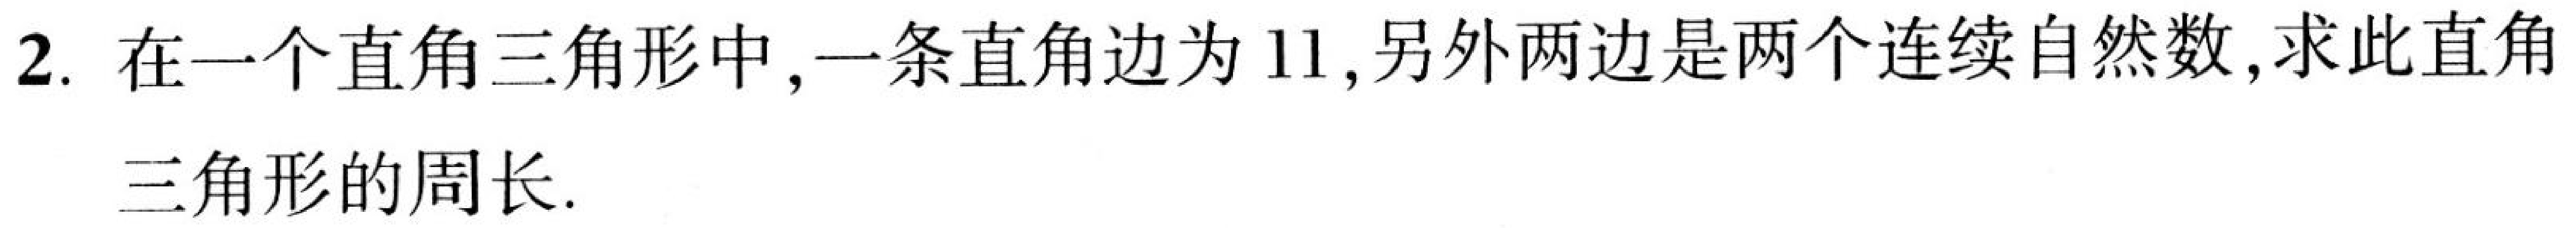
2. 在一个直角三角形中,一条直角边为\(11\),另外两边是两个连续自然数,求此直角
三角形的周长.